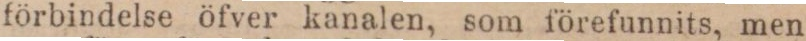
förbindelse öfver kanalen, som förefunnits, men